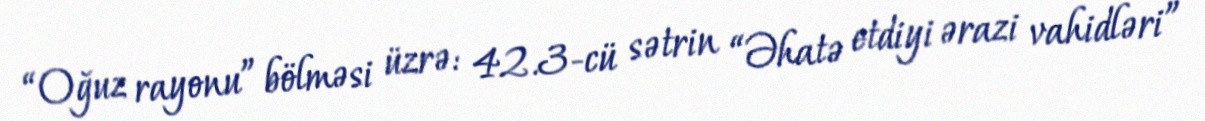
“Oğuz rayonu” bölməsi üzrə: 42.3-cü sətrin “Əhatə etdiyi ərazi vahidləri”